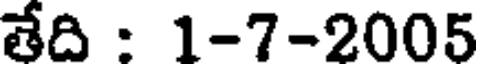
తేది : 1-7-2005